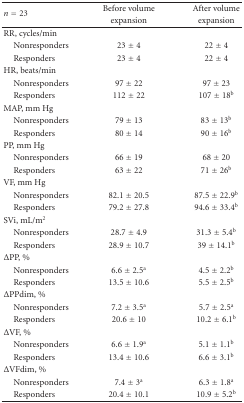
| <ROWSPAN=2> n = 23 | Before volume | After volume |
 | expansion | expansion |
 | --- | --- | --- |
 | RR, cycles/min |  |  |
 | Nonresponders | 23 ± 4 | 22 ± 4 |
 | Responders | 23 ± 4 | 22 ± 4 |
 | HR, beats/min |  |  |
 | Nonresponders | 97 ± 22 | 97 ± 23 |
 | Responders | 112 ± 22 | 107 ± 18b |
 | MAP, mm Hg |  |  |
 | Nonresponders | 79 ± 13 | 83 ± 13b |
 | Responders | 80 ± 14 | 90 ± 16b |
 | PP, mm Hg |  |  |
 | Nonresponders | 66 ± 19 | 68 ± 20 |
 | Responders | 63 ± 22 | 71 ± 26b |
 | VF, mm Hg |  |  |
 | Nonresponders | 82.1 ± 20.5 | 87.5 ± 22.9b |
 | Responders | 79.2 ± 27.8 | 94.6 ± 33.4b |
 | SVi, mL/m2 |  |  |
 | Nonresponders | 28.7 ± 4.9 | 31.3 ± 5.4b |
 | Responders | 28.9 ± 10.7 | 39 ± 14.1b |
 | ΔPP, % |  |  |
 | Nonresponders | 6.6 ± 2.5a | 4.5 ± 2.2b |
 | Responders | 13.5 ± 10.6 | 5.5 ± 2.5b |
 | ΔPPdim, % |  |  |
 | Nonresponders | 7.2 ± 3.5a | 5.7 ± 2.5a |
 | Responders | 20.6 ± 10 | 10.2 ± 6.1b |
 | ΔVF, % |  |  |
 | Nonresponders | 6.6 ± 1.9a | 5.1 ± 1.1b |
 | Responders | 13.4 ± 10.6 | 6.6 ± 3.1b |
 | ΔVFdim, % |  |  |
 | Nonresponders | 7.4 ± 3a | 6.3 ± 1.8a |
 | Responders | 20.4 ± 10.1 | 10.9 ± 5.2b |